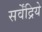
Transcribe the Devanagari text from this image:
सर्वेंद्रिये